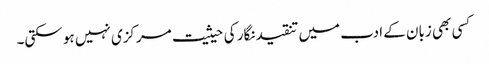
کسی بھی زبان کے ادب میں تنقیدنگار کی حیثیت مرکزی نہیں ہو سکتی۔